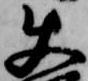
使